system: You are a helpful assistant.
user:
Analyze the provided spectrum to determine if it is a **S-type Star**.

- **Key Indicators for S-type Star:**

    - **(Overall Spectrum Shape):** The first and most obvious characteristic is the overall continuum (the "baseline" shape). It is **extremely "red-sloping,"** meaning the flux (light intensity) is very low on the left side (blue, ~4000-4500 Å) and rises steeply and continuously toward the right side (red, ~7000 Å+).

    - **(Primary):** The spectrum is defined by the presence of strong, broad molecular absorption "valleys" (bands) from **Zirconium Oxide (ZrO)**. The identification of these bands is the **primary requirement** for classifying a star as S-type.
        - **(Key Bandheads):** You must find distinct, deep "dips" where the light has been absorbed. The most critical band systems to locate are:
            - **~6474 Å** ($\gamma$-system): This is often the strongest and clearest ZrO feature, found in the red part of the spectrum.
            - **~5718 Å** & **~5551 Å** ($\beta$-system): A pair of prominent absorption features in the yellow-orange part of the spectrum.
            - **~4640 Å** ($\alpha$-system): A key absorption band system in the blue-green region of the spectrum.

    - **(Secondary Confirmation):** The classification is strengthened by finding additional absorption bands from other related heavy element oxides, which are expected to be present alongside ZrO.
        - **(Key Bandheads):**
            - **Yttrium Oxide (YO):** Look for absorption dips near **~4800 Å** and **~6100 Å**.
            - **Lanthanum Oxide (LaO):** Additional absorption features, particularly in the red-orange part of the spectrum, are also characteristic.

    - **(Line Profile):** The combination of the steep red continuum and these numerous, deep molecular bands (ZrO, YO, etc.) gives the entire spectrum a very **"chopped-up"** or **"bumpy"** appearance. Instead of a smooth curve, the spectrum looks as though large, wide chunks of light have been "carved out" of it at the specific wavelengths listed above.

Think first, call **spectral_visualization_tool** if needed to examine features in detail, then provide your final answer. Your response must adhere to the following strict rules:
1.  **Overall Structure:** Your response must follow the format `<think>...</think> <tool_call>...</tool_call> (if a tool is used) <answer>...</answer>`.
2.  **Tool Usage Constraint:** You may only make **one** tool call per turn.
3.  **Final Answer Format:** In the `<answer>` tag, your conclusion must be inside a `\boxed{}` command (e.g., `\boxed{YES}` or `\boxed{NO}`), followed by your justification.

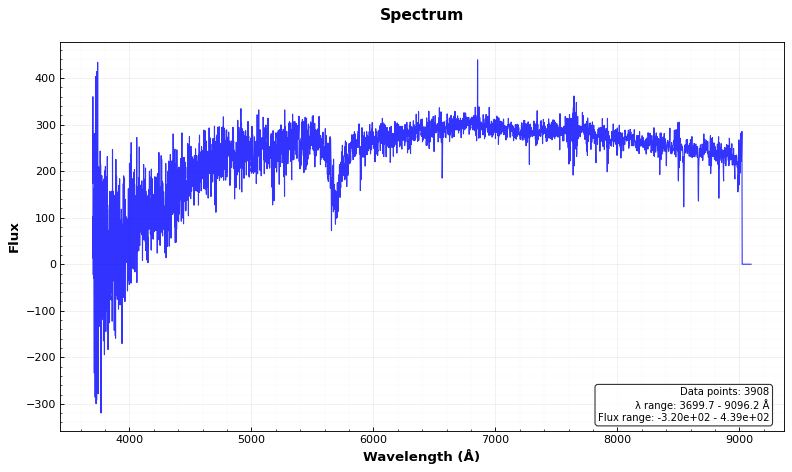
Answer: NO